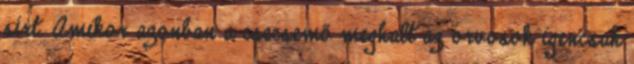
sírt. Amikor azonban a csecsemő meghalt az orvosok igencsak